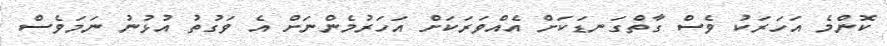
ކޮންމެ އަހަރަކު ވެސް ގާތްގަނޑަކަށް އެއްވަރަކަށް އަހަރުމެންނަށް އެ ވަގުތު އުޅުނު ނަމަވެސް